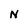
Character: N